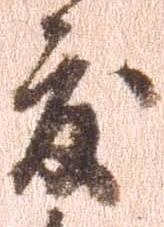
度